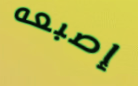
إصبعه